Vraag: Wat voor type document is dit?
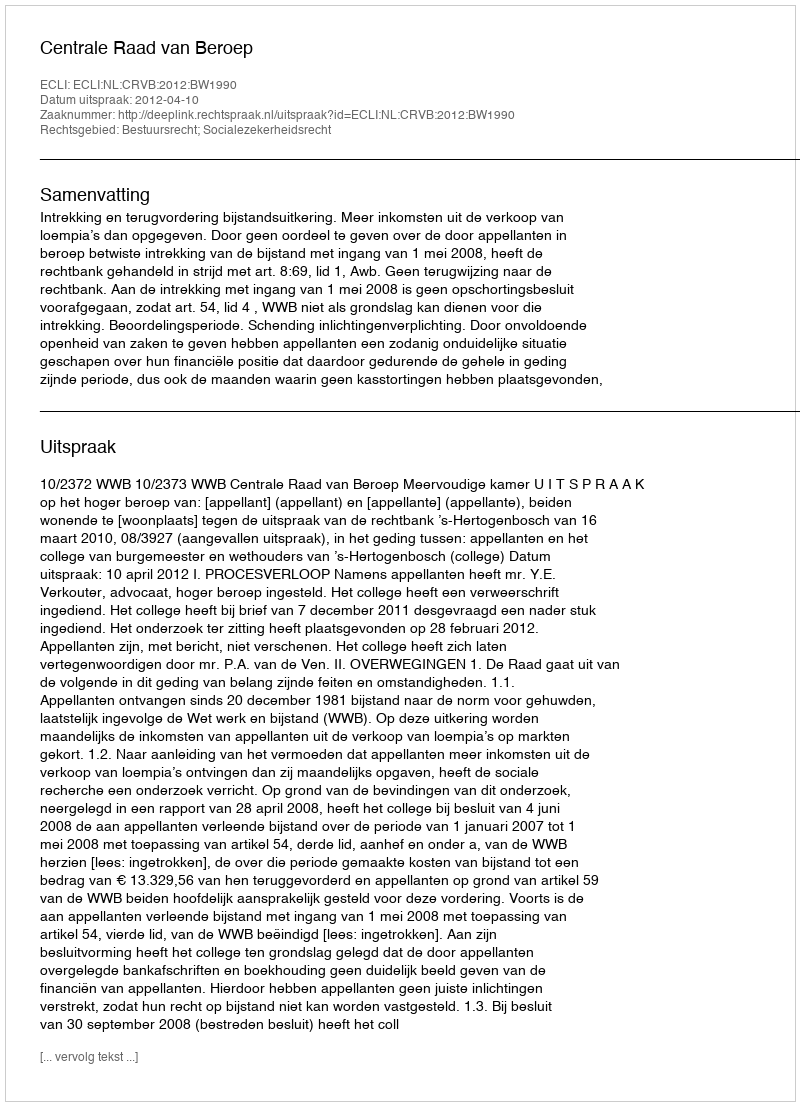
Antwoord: Uitspraak